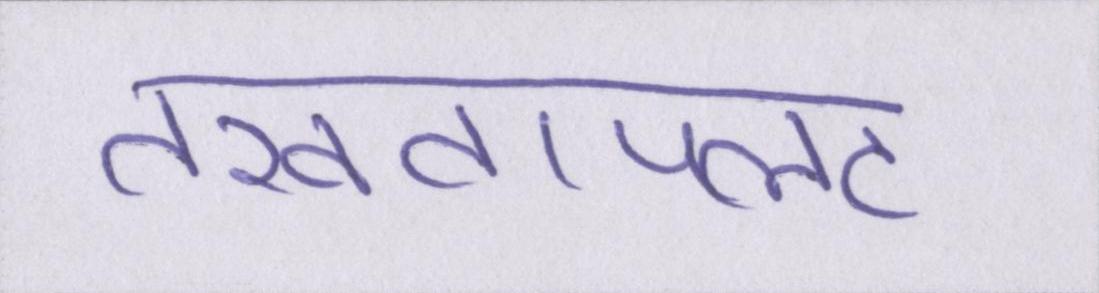
तख्तापलट